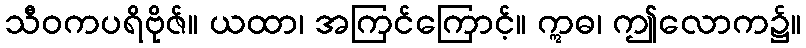
သီဝကပရိဗိုဇ်။ ယထာ၊ အကြင်ကြောင့်။ ဣဓ၊ ဤလောက၌။